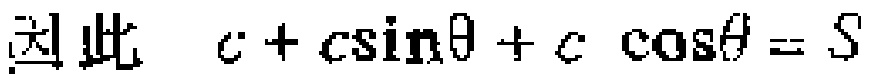
因此 \(c + c\sin\theta + c\cos\theta = S\)